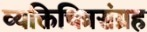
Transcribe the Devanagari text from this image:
व्यक्तिचित्रसंग्रह